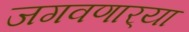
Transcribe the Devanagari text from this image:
जगवणार्‍या